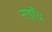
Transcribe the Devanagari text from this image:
सड़ाँध